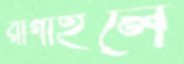
রাগাইলে